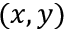
( x , y )